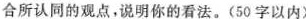
合所认同的观点，说明你的看法。(50字以内)